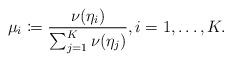
LaTeX: \begin{align*} \mu_i \coloneqq \frac{\nu(\eta_i)}{\sum_{j=1}^K \nu(\eta_j)}, i=1,\dots,K.\end{align*}